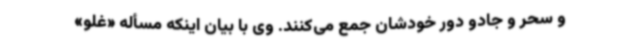
و سحر و جادو دور خودشان جمع می‌کنند. وی با بیان اینکه مسأله «غلو»